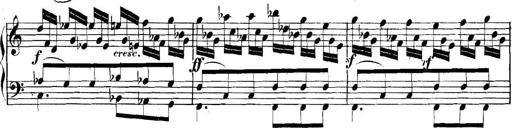
Title: Collected Piano Sonatas
Composer: Muzio Clementi